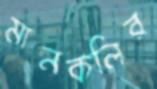
মানকলির